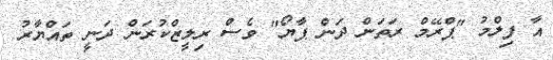
އާ ފިލްމު "ޕްރޭމް ރަތަން ދަން ޕާޔޯ" ވެސް ރިލީޒްކުރަން ދަނީ ތައްޔާރު